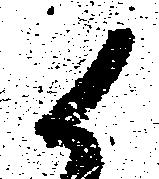
候